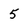
Character: 5